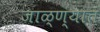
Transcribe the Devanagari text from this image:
जाळ्ण्यात